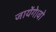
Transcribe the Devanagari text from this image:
जायेंगे।वो